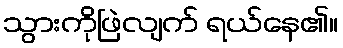
သွားကိုဖြဲလျက် ရယ်နေ၏။